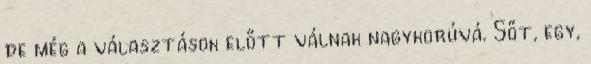
de még a választások előtt válnak nagykorúvá. Sőt, egy,